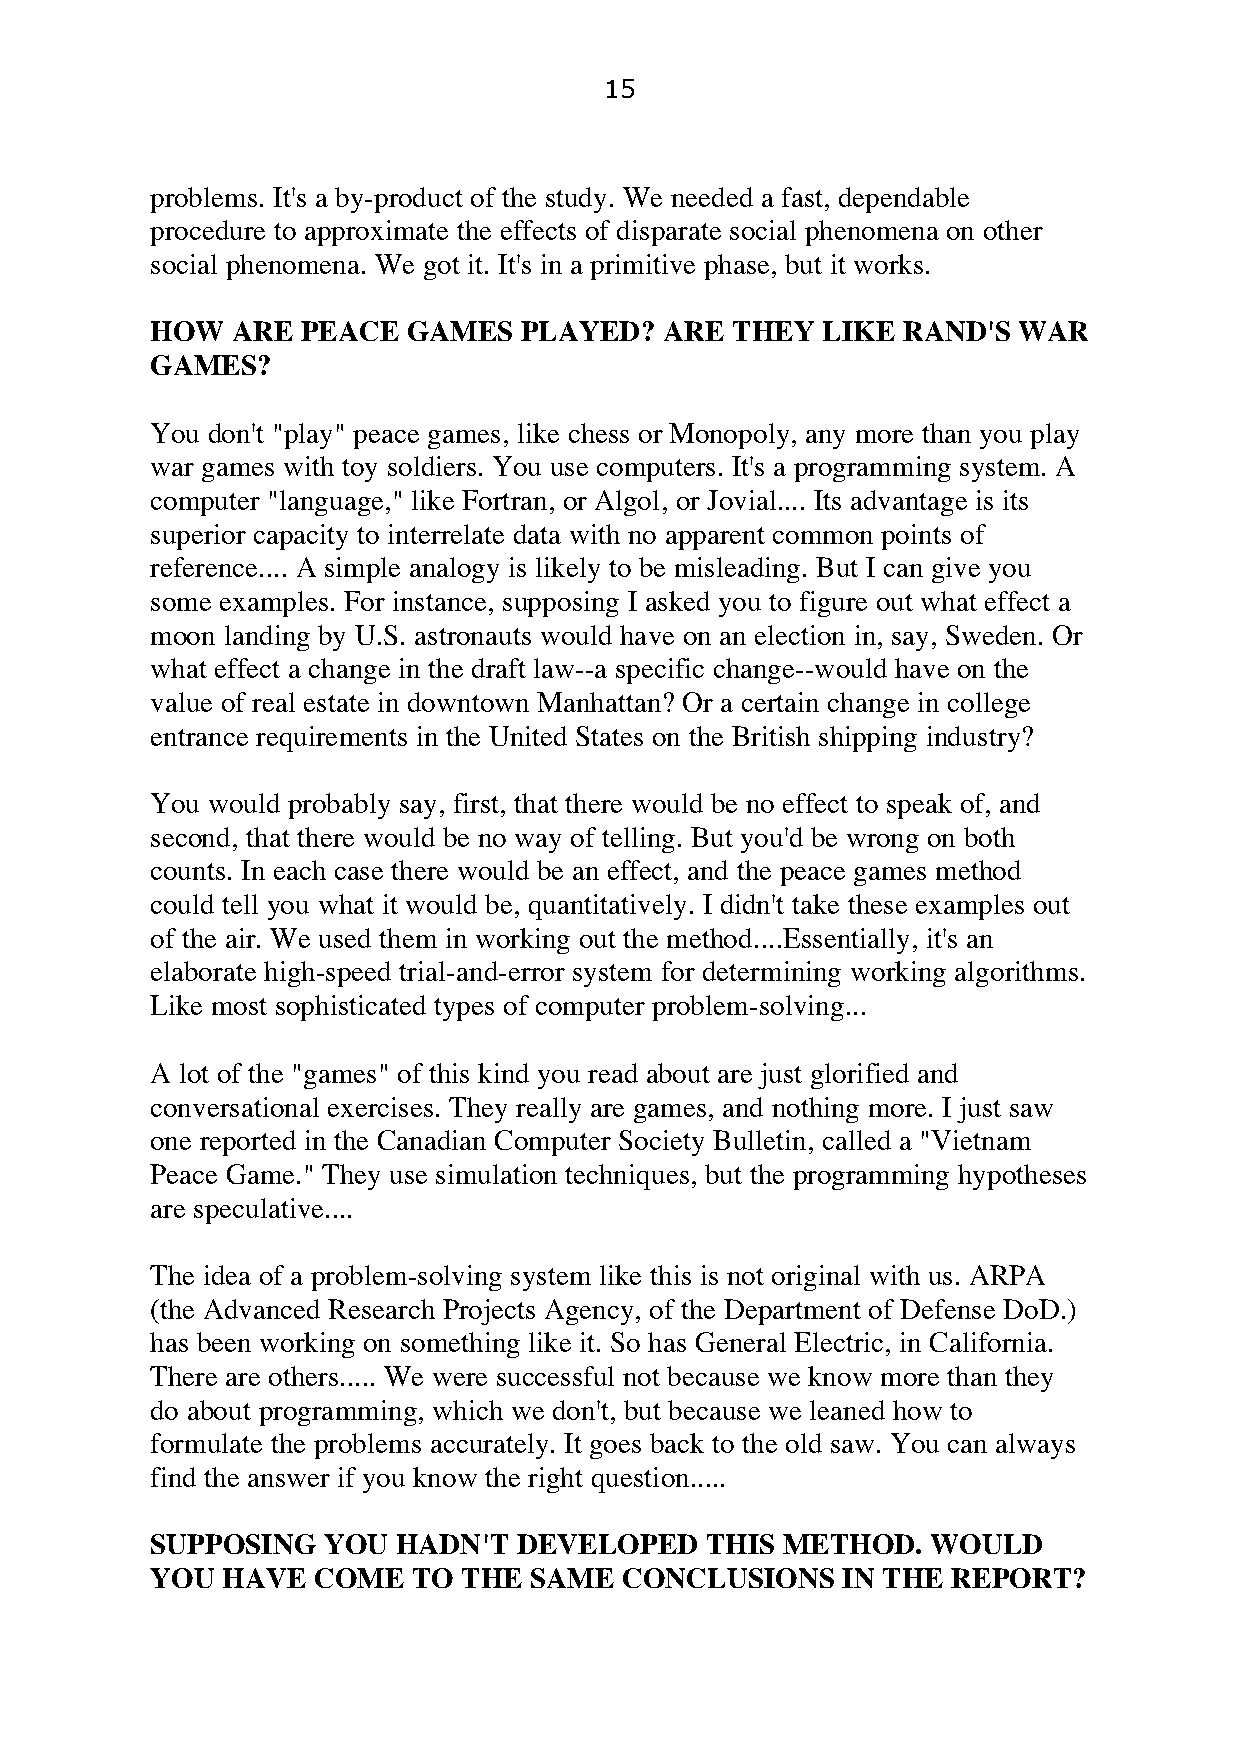
15
 problems. It's a by-product of the study. We needed a fast, dependable
 procedure to approximate the effects of disparate social phenomena on other
 social phenomena. We got it. It's in a primitive phase, but it works.
 HOW  ARE  PEACE  GAMES  PLAYED?   ARE THEY  LIKE  RAND'S WAR
 GAMES?
 You don't "play" peace games, like chess or Monopoly, any more than you play
 war games with toy soldiers. You use computers. It's a programming system. A
 computer "language," like Fortran, or Algol, or Jovial.... Its advantage is its
 superior capacity to interrelate data with no apparent common points of
 reference.... A simple analogy is likely to be misleading. But I can give you
 some examples. For instance, supposing I asked you to figure out what effect a
 moon landing by U.S. astronauts would have on an election in, say, Sweden. Or
 what effect a change in the draft law--a specific change--would have on the
 value of real estate in downtown Manhattan? Or a certain change in college
 entrance requirements in the United States on the British shipping industry?
 You would probably say, first, that there would be no effect to speak of, and
 second, that there would be no way of telling. But you'd be wrong on both
 counts. In each case there would be an effect, and the peace games method
 could tell you what it would be, quantitatively. I didn't take these examples out
 of the air. We used them in working out the method....Essentially, it's an
 elaborate high-speed trial-and-error system for determining working algorithms.
 Like most sophisticated types of computer problem-solving...
 A lot of the "games" of this kind you read about are just glorified and
 conversational exercises. They really are games, and nothing more. I just saw
 one reported in the Canadian Computer Society Bulletin, called a "Vietnam
 Peace Game." They use simulation techniques, but the programming hypotheses
 are speculative....
 The idea of a problem-solving system like this is not original with us. ARPA
 (the Advanced Research Projects Agency, of the Department of Defense DoD.)
 has been working on something like it. So has General Electric, in California.
 There are others..... We were successful not because we know more than they
 do about programming, which we don't, but because we leaned how to
 formulate the problems accurately. It goes back to the old saw. You can always
 find the answer if you know the right question.....
 SUPPOSING  YOU  HADN'T  DEVELOPED    THIS METHOD.   WOULD
 YOU  HAVE  COME  TO  THE SAME  CONCLUSIONS    IN THE REPORT?